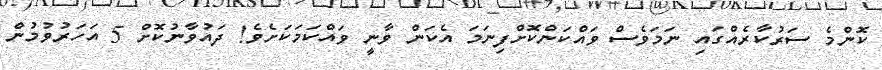
ކޮންމެ ސަރުކާރެއްގައި ނަމަވެސް ވައްކަންކޮށްފިނަމަ އެކަން ވާނީ ވައްކަމަކަށެވެ! ދައުވާނުކޮށް 5 އަހަރުވުމުން